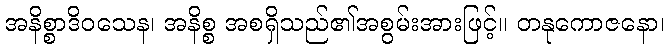
အနိစ္စာဒိဝသေန၊ အနိစ္စ အစရှိသည်၏အစွမ်းအားဖြင့်။ တနုကောဇနော၊